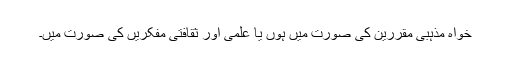
خواہ مذہبی مقررین کی صورت میں ہوں یا علمی اور ثقافتی مفکریں کی صورت میں۔